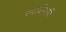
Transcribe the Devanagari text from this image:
खाबेंस्की